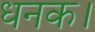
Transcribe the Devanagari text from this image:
धनक।